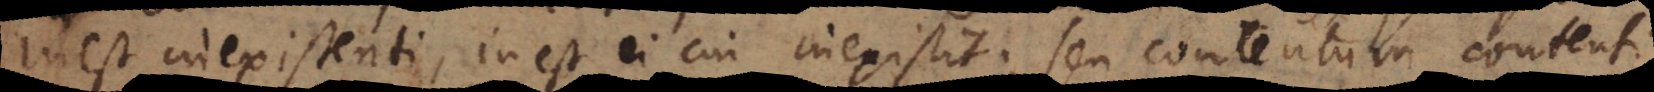
inest inexistenti, inest ei cui inexistit; seu contentum contenti